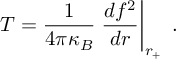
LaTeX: T = \frac { 1 } { 4 \pi \kappa _ { B } } \left. \frac { d f ^ { 2 } } { d r } \right| _ { r _ { + } } \; .